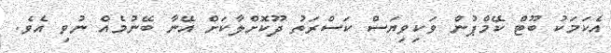
އެކަމަކު ބޫޓް ކޭމްޕުން ވަކިވިޔަސް ކަސްރަތު ދޫކޮށްލާކަށް އޭނާ ބޭނުމެއް ނުވި އެވެ.